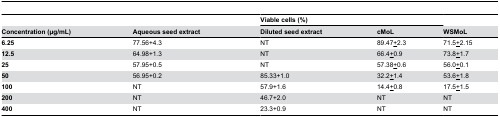
<table><thead><tr><td></td><td></td><td colspan="2"><b>Viable cells (%)</b></td><td></td></tr><tr><td><b>Concentration (μg/mL)</b></td><td><b>Aqueous seed extract</b></td><td><b>Diluted seed extract</b></td><td><b>cMoL</b></td><td><b>WSMoL</b></td></tr></thead><tbody><tr><td><b>6.25</b></td><td>77.56+4.3</td><td>NT</td><td>89.47<underline>+</underline>2.3</td><td>71.5<underline>+</underline>2.15</td></tr><tr><td><b>12.5</b></td><td>64.98+1.3</td><td>NT</td><td>66.4<underline>+</underline>0.9</td><td>73.8<underline>+</underline>1.7</td></tr><tr><td><b>25</b></td><td>57.95+0.5</td><td>NT</td><td>57.38<underline>+</underline>0.6</td><td>56.0<underline>+</underline>0.1</td></tr><tr><td><b>50</b></td><td>56.95+0.2</td><td>85.33+1.0</td><td>32.2<underline>+</underline>1.4</td><td>53.6<underline>+</underline>1.8</td></tr><tr><td><b>100</b></td><td>NT</td><td>57.9+1.6</td><td>14.4<underline>+</underline>0.8</td><td>17.5<underline>+</underline>1.5</td></tr><tr><td><b>200</b></td><td>NT</td><td>46.7+2.0</td><td>NT</td><td>NT</td></tr><tr><td><b>400</b></td><td>NT</td><td>23.3+0.9</td><td>NT</td><td>NT</td></tr></tbody></table>